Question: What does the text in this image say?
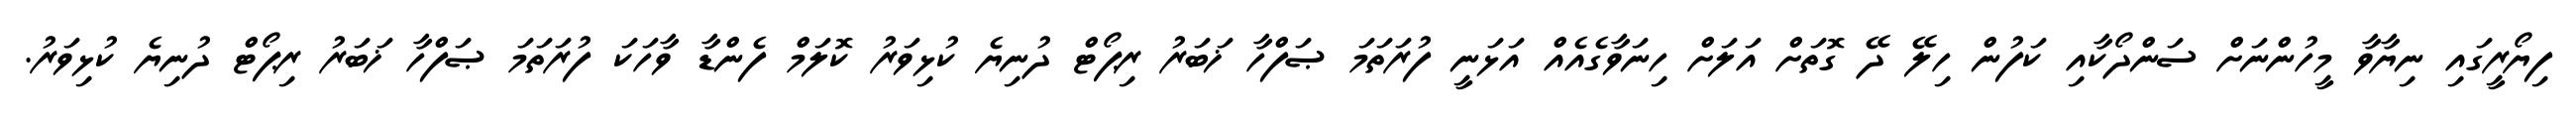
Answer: ފިޔޯރީގައި ނިޔާވާ މީހުންނަށް ސަންދޯކާއި ކަފުން ހިލޭ ދޭ ގޮތަށް އަލަށް ހިނަވާގެއެއް އަޅަނީ ފުރަތަމަ ޞަފްހާ ޚަބަރު ރިޕޯޓް ދުނިޔެ ކުޅިވަރު ކޮލަމް ފެންޑާ ވާހަކަ ފުރަތަމަ ޞަފްހާ ޚަބަރު ރިޕޯޓް ދުނިޔެ ކުޅިވަރު.